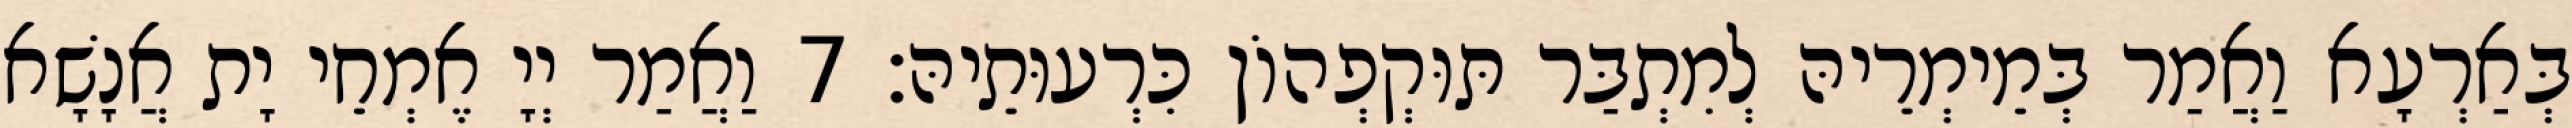
בְּאַרְעָא וַאֲמַר בְּמֵימְרֵיהּ לְמִתְבַּר תּוּקְפְהוֹן כִּרְעוּתֵיהּ׃ 7 וַאֲמַר יְיָ אֶמְחֵי יָת אֲנָשָׁא